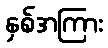
နှစ်အကြား